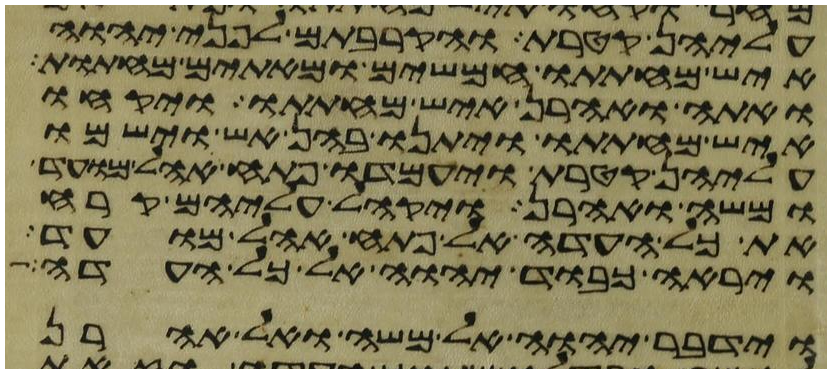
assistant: עליהן קטרת והקרבתם לפני יהוה
איש מחתתו חמשים ומאתים מחתות
ואתה ואהרן איש מחתתו ויקחו
איש מחתתו ויתנו בהן אש וישמו
עליהן קטרת ויעמדו פתח אהל מועד
ומשה ואהרן ויקהל עליהם קרח
את כל העדה אל פתח אהל מועד
וירא כבוד יהוה אל כל העדה
וידבר יהוה אל משה ואל אהרן